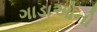
ગાડાઓનો